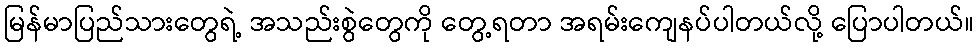
မြန်မာပြည်သားတွေရဲ့ အသည်းစွဲတွေကို တွေ့ရတာ အရမ်းကျေနပ်ပါတယ်လို့ ပြောပါတယ်။